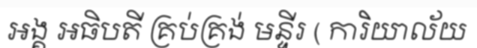
អង្គ អធិបតី គ្រប់គ្រង់ មន្ទីរ ( ការិយាល័យ